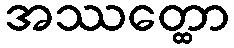
အဿတ္ထော